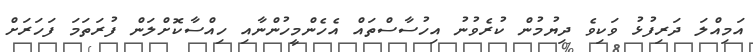
އަމިއްލަ ދަރިފުޅު ވަކިވެ ދިޔުމުން ކުރެވުނު އިހުސާސްތައް އެހެންމީހުންނާއި ހިއްސާކޮށްލަން ފުރަތަމަ ފަހަރަށް